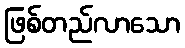
ဖြစ်တည်လာသော